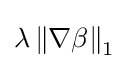
\lambda \left\|\nabla \beta \right\|_{1}